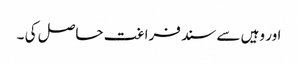
اور وہیں سے سند فراغت حاصل کی ۔